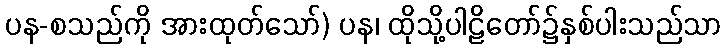
ပန-စသည်ကို အားထုတ်သော်) ပန၊ ထိုသို့ပါဠိတော်၌နှစ်ပါးသည်သာ